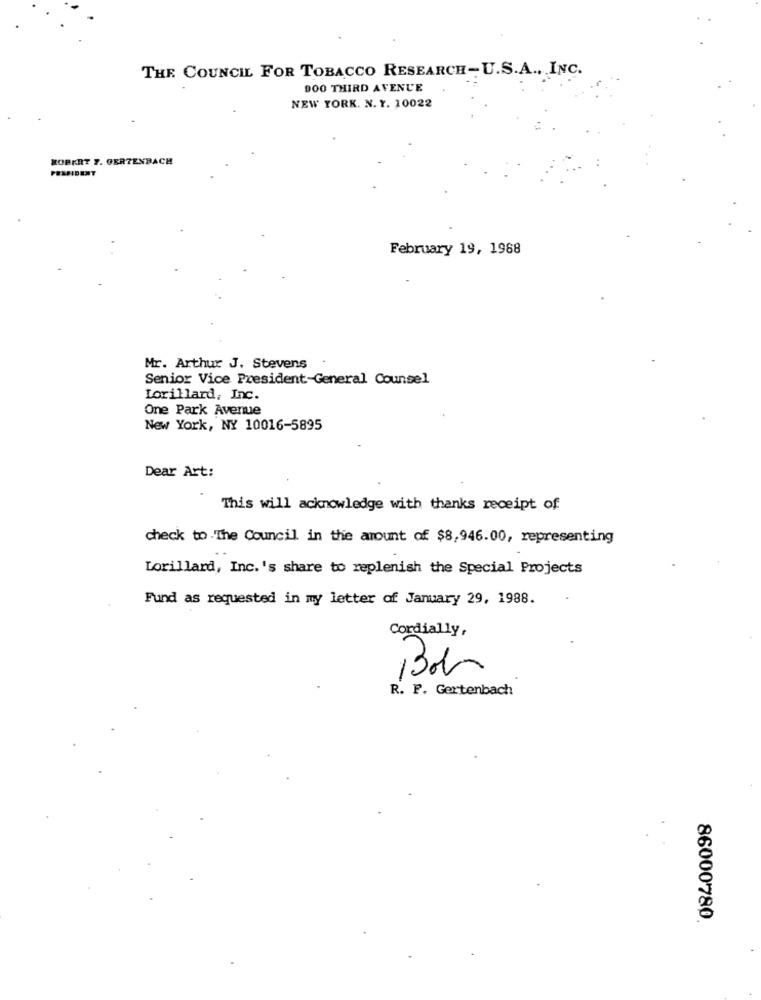
THE COUNCIL FOR TOBACCO RESEARCH-U.S.A ., INC.
900 THIRD AVENUE
NEW YORK. N. Y. 10022
ROBERT 7. GERTENBACH
PEASIDENT
February 19, 1988
Mr. Arthur J. Stevens
Senior Vice President-General Counsel
Lorillard, Inc.
One Park Avenue
New York, NY 10016-5895
Dear Art:
This will acknowledge with thanks receipt of
check to The Council in the amount of $8,946.00, representing
Lorillard, Inc.'s share to replenish the Special Projects
Fund as requested in my letter of January 29, 1988.
Cordially,
R. F. Gertenbach
86000780.